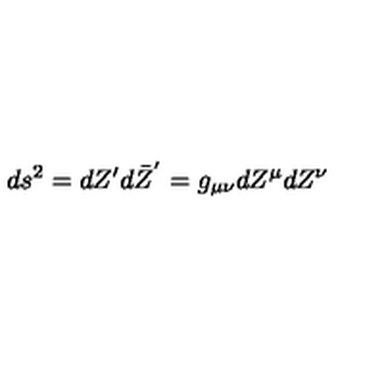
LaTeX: d s ^ { 2 } = d Z ^ { \prime } d \bar { Z } ^ { ' } = g _ { \mu \nu } d Z ^ { \mu } d Z ^ { \nu }